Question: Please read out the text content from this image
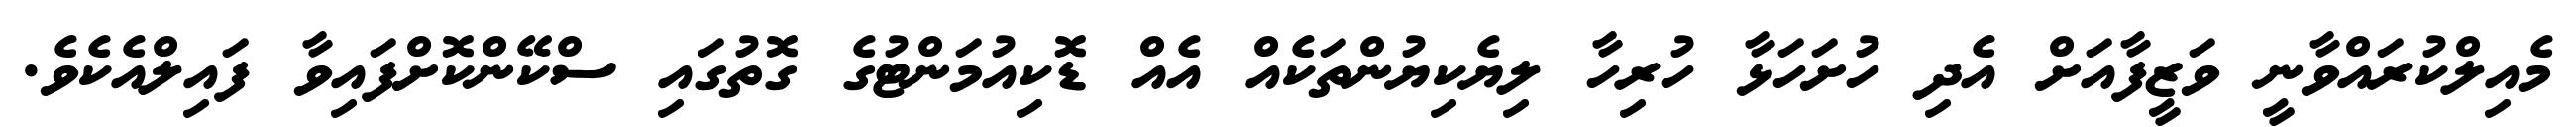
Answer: މެއިލްކުރައްވާނީ ވަޒީފާއަށް އެދި ހުށަހަޅާ ހުރިހާ ލިޔެކިޔުންތަކެއް އެއް ޑޮކިއުމަންޓުގެ ގޮތުގައި ސްކޭންކޮށްފައިވާ ފައިލްއެކެވެ.